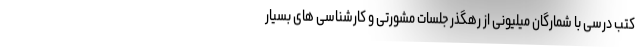
کتب درسی با شمارگان میلیونی از رهگذر جلسات مشورتی و کارشناسی های بسیار